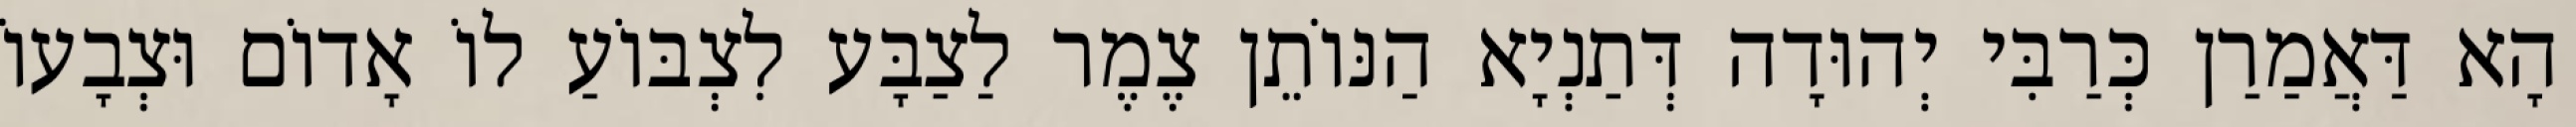
הָא דַּאֲמַרַן כְּרַבִּי יְהוּדָה דְּתַנְיָא הַנּוֹתֵן צֶמֶר לַצַבָּע לִצְבּוֹעַ לוֹ אָדוֹם וּצְבָעוֹ